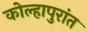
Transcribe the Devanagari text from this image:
कोल्हापुरांत